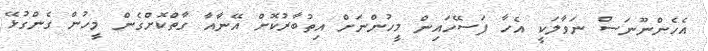
އެހެންނޫނަސް ނަވާލަކީ އެހާ ފަސޭހައިން މީހުންނަށް އިތުބާރުކޮށް އޭނާއާ ގާތްކޮށްގެން މީހުން ގެންގުޅޭ